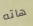
هاته